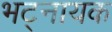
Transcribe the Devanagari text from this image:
भट्नायक